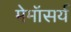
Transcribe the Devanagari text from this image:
मेमॉसर्य